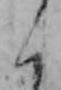
く